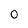
Character: 0